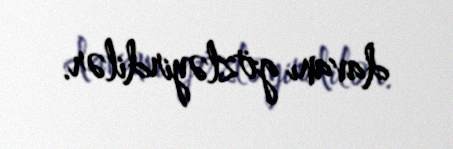
davanı gözləyirdilər.